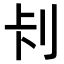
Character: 𭃏